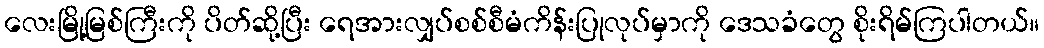
လေးမြို့မြစ်ကြီးကို ပိတ်ဆို့ပြီး ရေအားလျှပ်စစ်စီမံကိန်းပြုလုပ်မှာကို ဒေသခံတွေ စိုးရိမ်ကြပါတယ်။